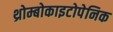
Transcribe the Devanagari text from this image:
थ्रोम्बोकाइटोपेनिक